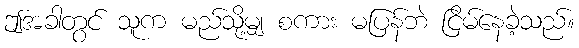
ဤအခါတွင် သူက မည်သို့မျှ စကား မပြန်ဘဲ ငြိမ်နေခဲ့သည်။